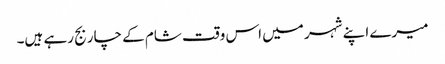
میرے اپنے شہر میں اس وقت شام کے چار بج رہے ہیں۔